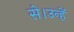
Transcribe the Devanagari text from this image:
से।उन्हें